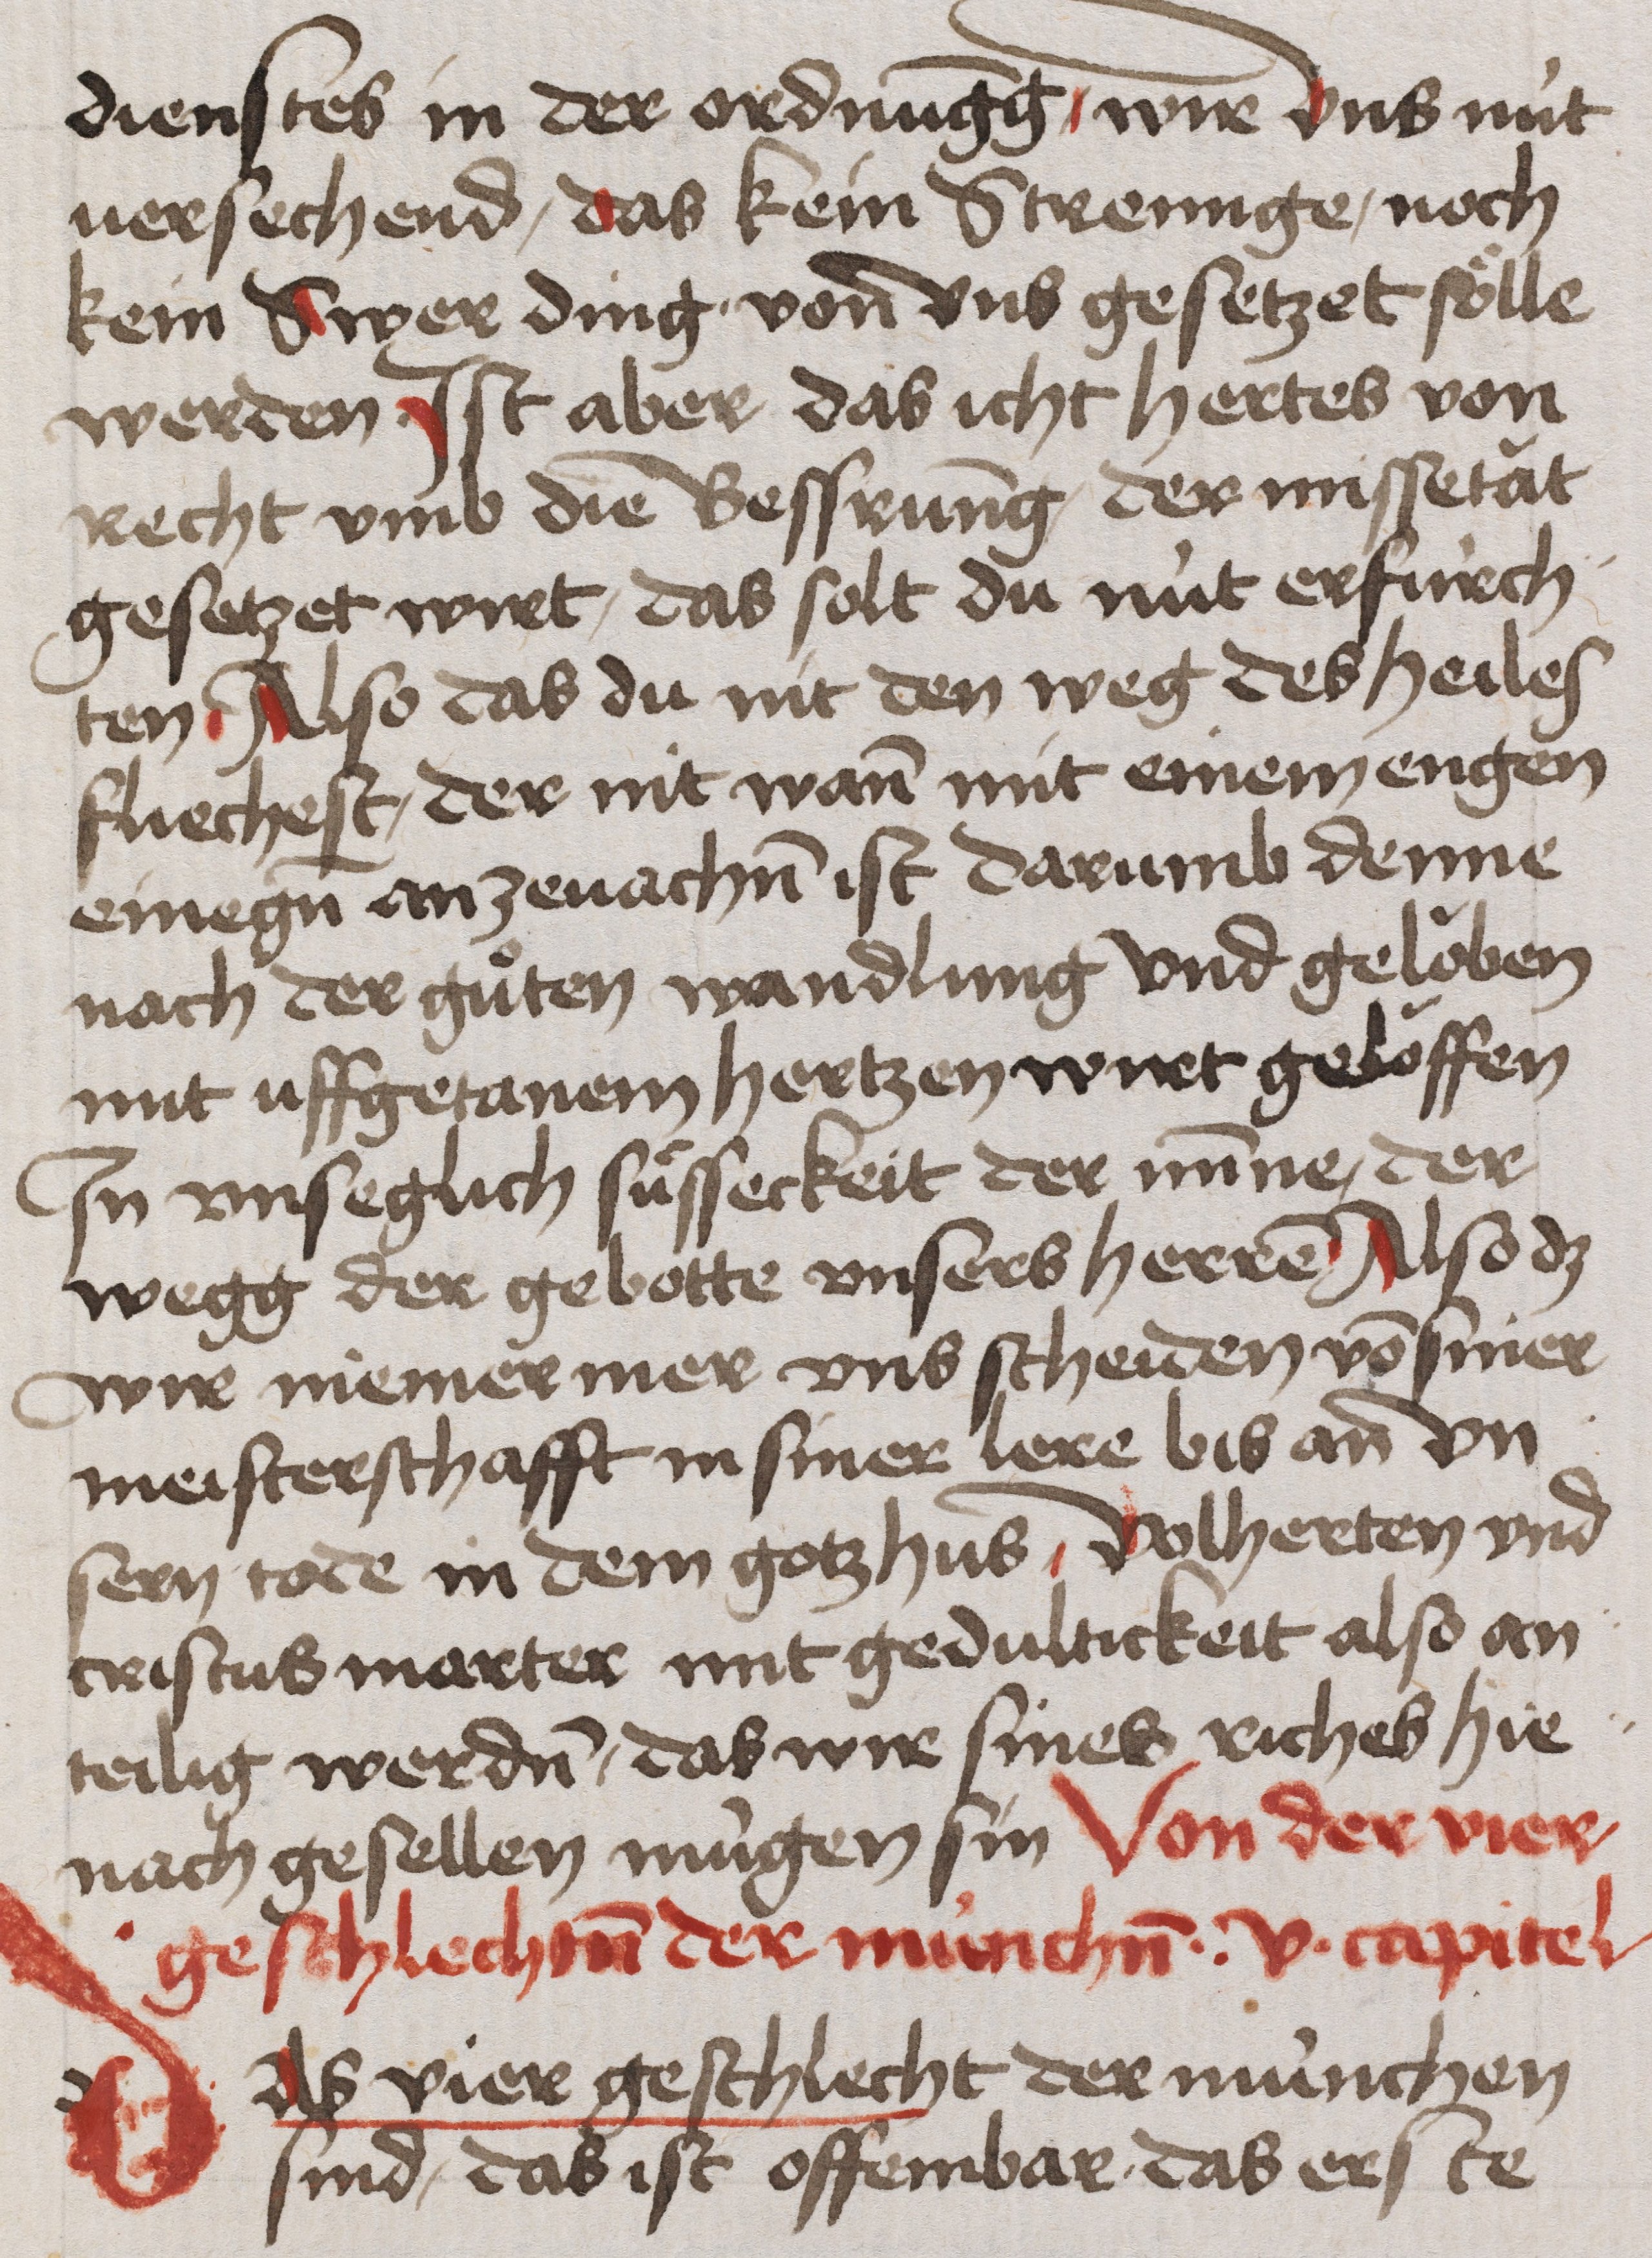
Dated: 1400–1499